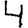
Digit: 4